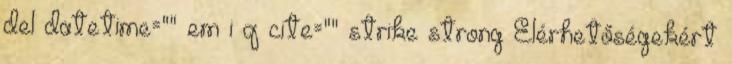
del datetime="" em i q cite="" strike strong Elérhetőségekért